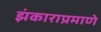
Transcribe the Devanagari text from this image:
झंकाराप्रमाणे